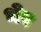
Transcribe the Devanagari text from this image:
भेर